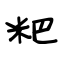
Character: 粑